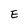
Character: E